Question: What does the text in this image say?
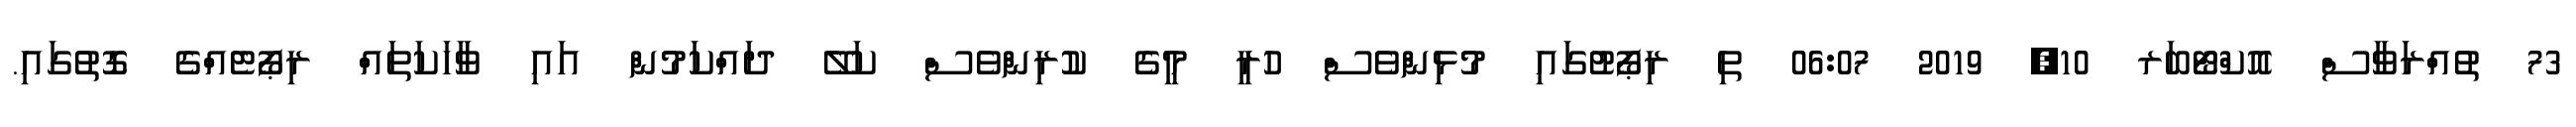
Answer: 73 ތުއްރަވާސް އޮކްޓޯބަރ 10, 2019 06:07 ތި ރިޕޯޓުގައި މުޅިންވެސް ހުރީ މީގެ ކުރިންވެސް ކަލޭ ދައްކަމުން އައި ވާހަކަތައް ރިޕޯޓެއްގެ ގޮތުގައި.